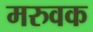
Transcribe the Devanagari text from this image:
मरुवक